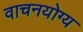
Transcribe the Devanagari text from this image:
वाचनयोग्य